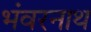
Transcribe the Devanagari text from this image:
भंवरनाथ